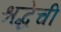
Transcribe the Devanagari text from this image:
श्रद्धेची